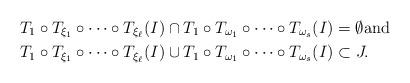
LaTeX: \begin{align*}&T_{1}\circ T_{\xi_{1}}\circ\dots \circ T_{\xi_{\ell}}(I)\cap T_{1}\circ T_{\omega_{1}}\circ\dots\circ T_{\omega_{s}}(I)=\emptyset\mbox{and}\\&T_{1}\circ T_{\xi_{1}}\circ\dots \circ T_{\xi_{\ell}}(I)\cup T_{1}\circ T_{\omega_{1}}\circ\dots\circ T_{\omega_{s}}(I)\subset J.\end{align*}